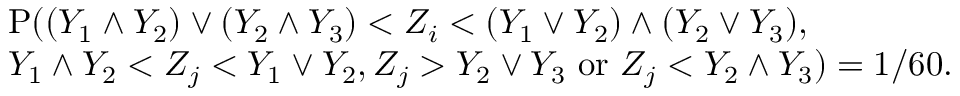
\begin{array} { r l } & { { \mathrm P } ( ( Y _ { 1 } \wedge Y _ { 2 } ) \vee ( Y _ { 2 } \wedge Y _ { 3 } ) < Z _ { i } < ( Y _ { 1 } \vee Y _ { 2 } ) \wedge ( Y _ { 2 } \vee Y _ { 3 } ) , } \\ & { Y _ { 1 } \wedge Y _ { 2 } < Z _ { j } < Y _ { 1 } \vee Y _ { 2 } , Z _ { j } > Y _ { 2 } \vee Y _ { 3 } ~ \mathrm { o r } ~ Z _ { j } < Y _ { 2 } \wedge Y _ { 3 } ) = 1 / 6 0 . } \end{array}